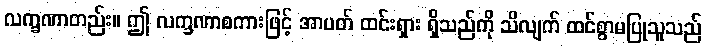
လက္ခဏာတည်း။ ဤ လက္ခဏာစကားဖြင့် အာပတ် ထင်းရှား ရှိသည်ကို သိလျက် ထင်စွာမပြုသူသည်